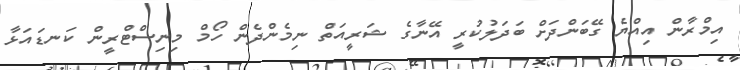
އިމްރާން އިއްޔެ ގޭބަންދަށް ބަދަލުކުރީ އޭނާގެ ޝަރީއަތް ނިމެންދެން ހޯމް މިނިސްޓްރީން ކަނޑައަޅާ